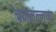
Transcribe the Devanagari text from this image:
चनमल्लप्पा